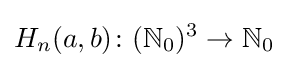
H_{n}(a,b)\colon (\mathbb {N} _{0})^{3}\rightarrow \mathbb {N} _{0}